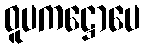
ဝူပကဋ္ဌောပေ